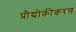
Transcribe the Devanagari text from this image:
प्रौद्योकीकरण